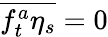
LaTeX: \overline{{f_{t}^{a}\eta_{s}}}=0